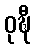
ဝုဍ္ဎီ